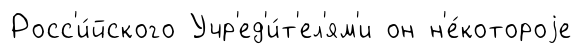
Росс'и́йского Учр'ед'и́т'ел'ям'и он н'е́котороjе